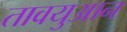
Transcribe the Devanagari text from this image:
तावयुआन